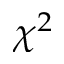
\chi ^ { 2 }